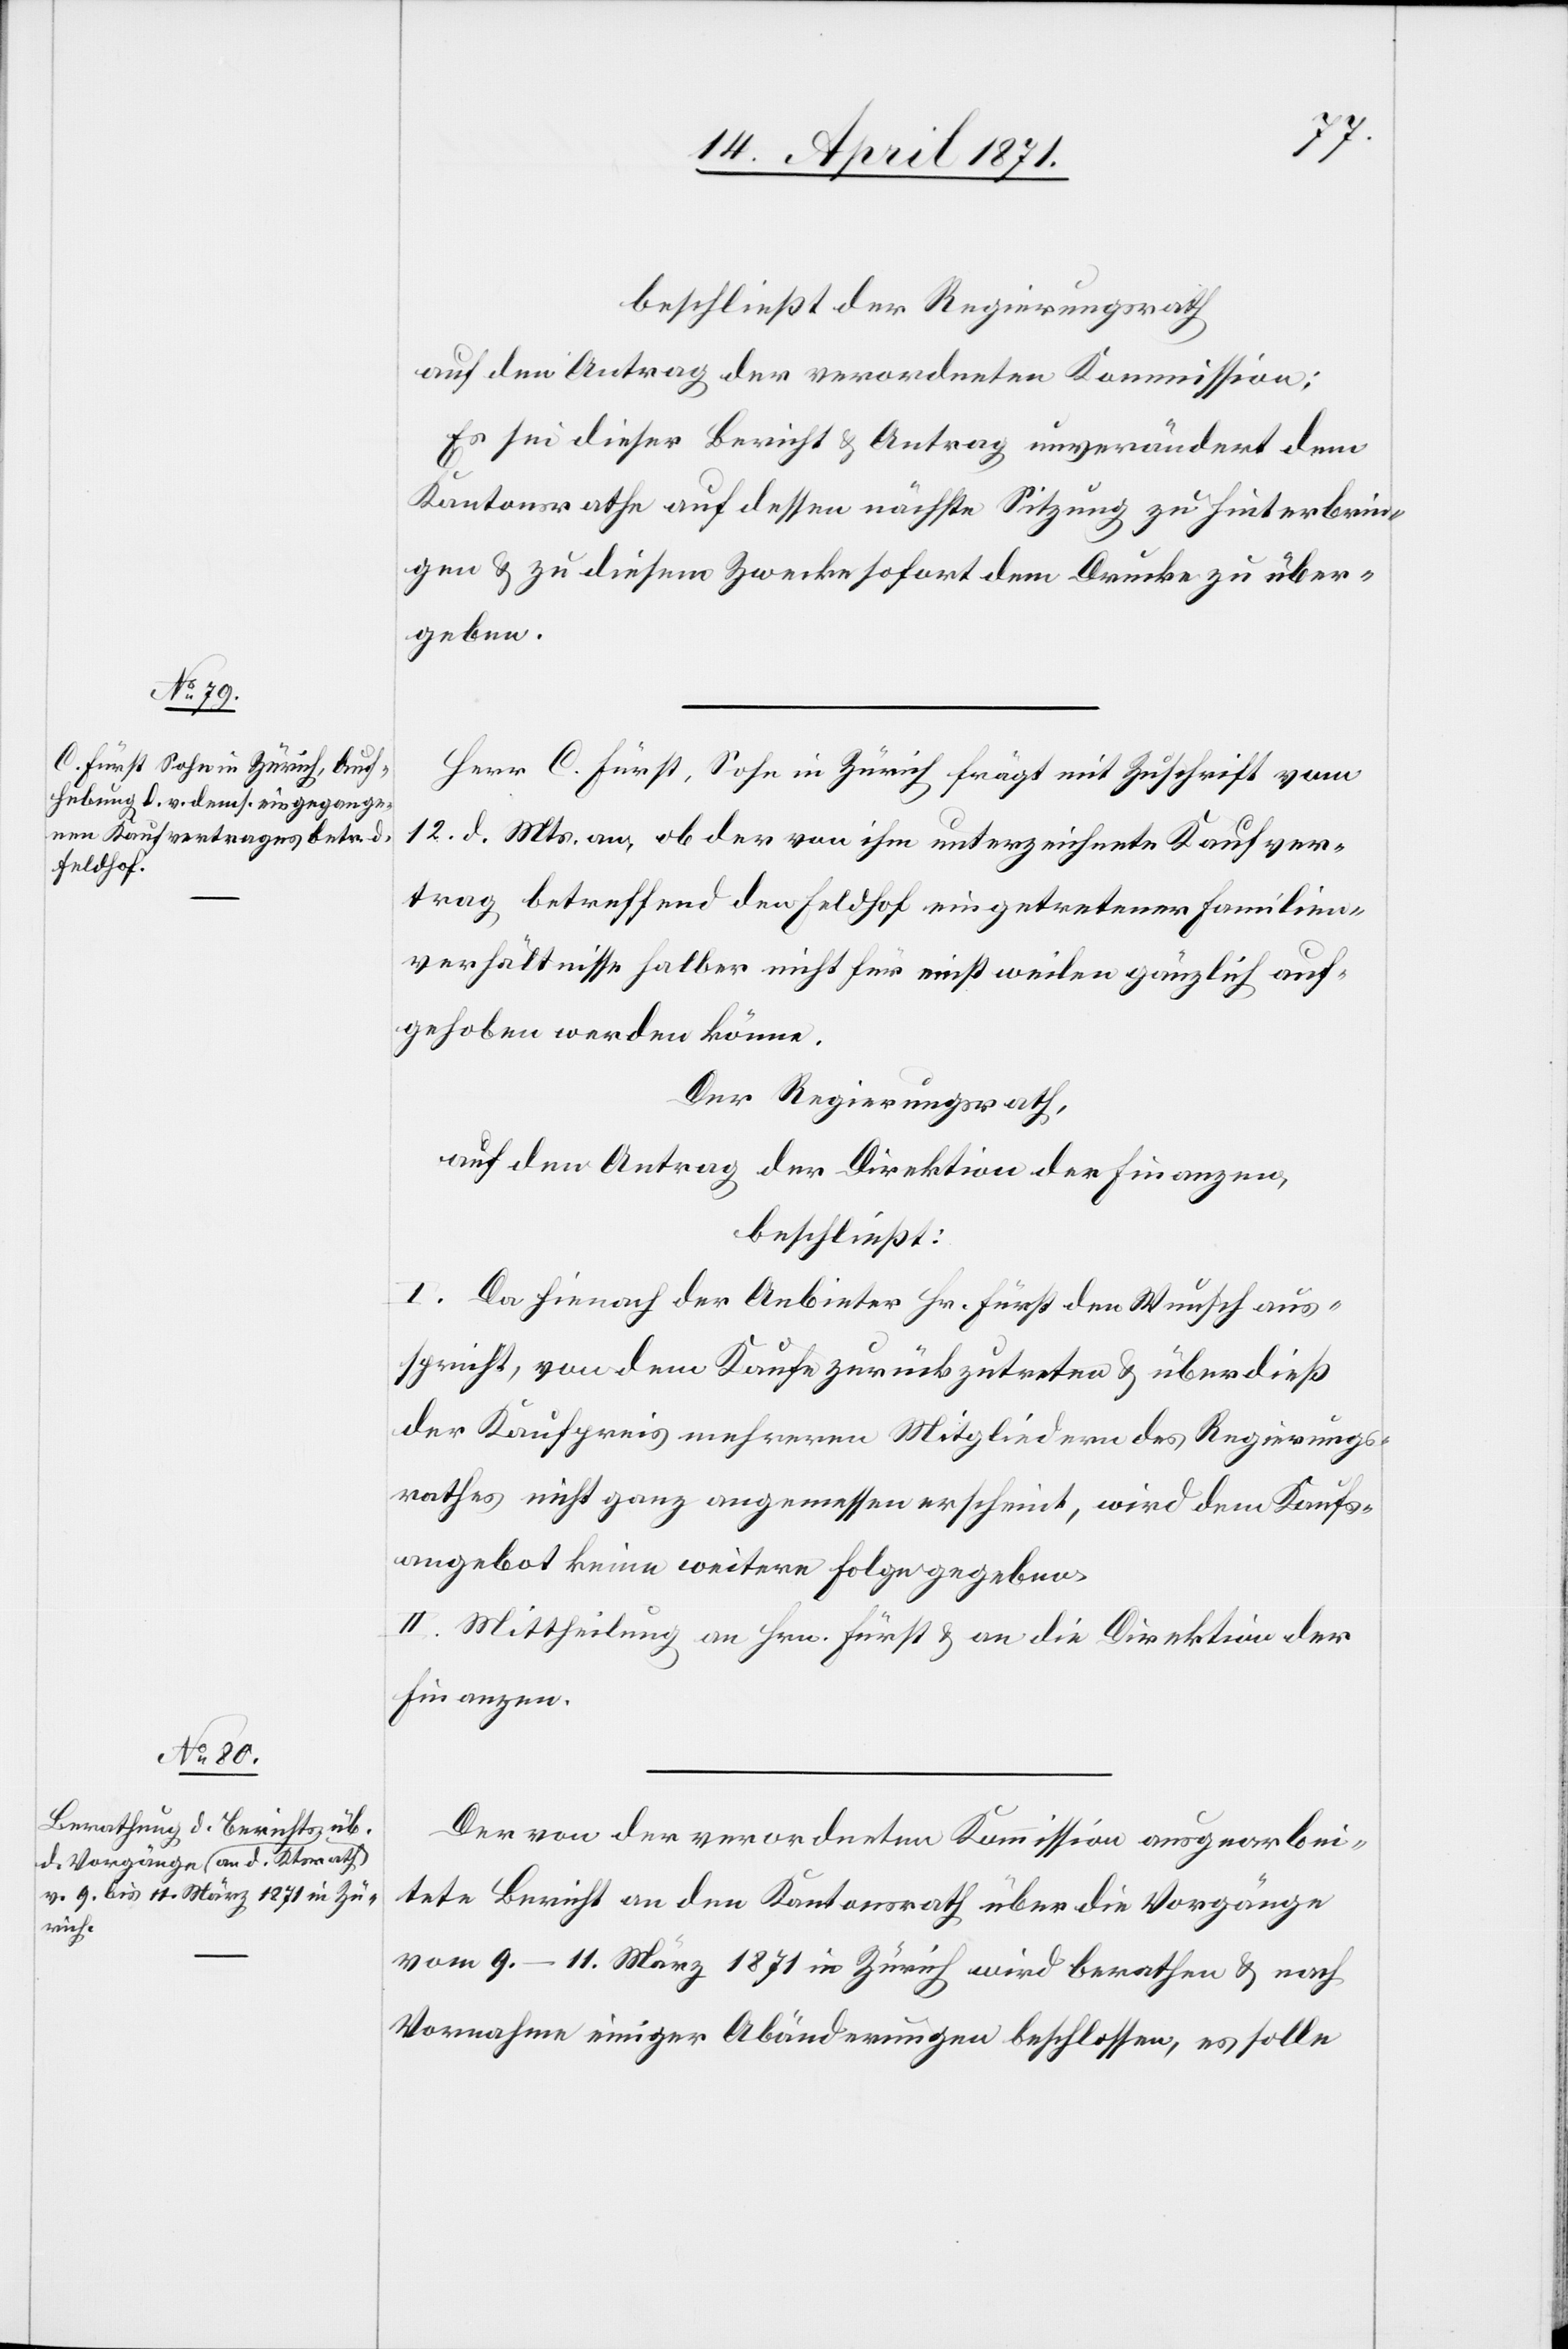
beschließt der Regierungsrath
auf den Antrag der verordneten Kommission:
Es sei dieser Bericht u. Antrag unverändert dem
Kantonsrathe auf dessen nächste Sitzung zu hinterbrin¬
gen u. zu diesem Zwecke sofort dem Drucke zu über¬
geben.
Herr C. Fürst, Sohn in Zürich frägt mit Zuschrift vom
12. d. Mts. an, ob der von ihm unterzeichnete Kaufver¬
trag betreffend den Feldhof eingetretener Familien¬
verhältnisse halber nicht für einstweilen gänzlich auf¬
gehoben werden könne.
Der Regierungsrath,
auf den Antrag der Direktion der Finanzen,
beschließt:
I. Da hienach der Anbieter Hr. Fürst den Wunsch aus¬
spricht, von dem Kaufe zurückzutreten u. überdieß
der Kaufpreis mehreren Mitgliedern des Regierungs¬
rathes nicht ganz angemessen erscheint, wird dem Kaufs¬
angebot keine weitere Folge gegeben.
II. Mittheilung an Hrn. Fürst u. an die Direktion der
Finanzen.
Der von der verordneten Kommission ausgearbei¬
tete Bericht an den Kantonsrath über die Vorgänge
vom 9.–11. März 1871 in Zürich wird berathen u. nach
Vornahme einiger Abänderungen beschlossen, es solle